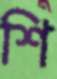
শি